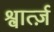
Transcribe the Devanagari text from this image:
श्वार्त्ज़